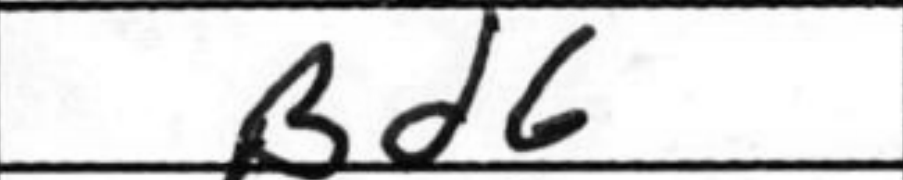
Transcription: Bd6